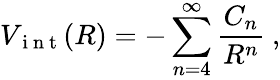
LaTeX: V_{\mathrm{~i~n~t~}}(R)=-\sum_{n=4}^{\infty}\frac{C_{n}}{R^{n}}\ ,